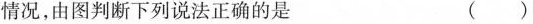
情况，由图判断下列说法正确的是 ()